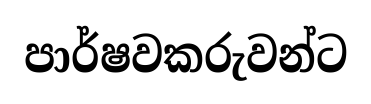
පාර්ෂවකරුවන්ට